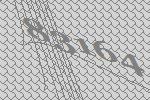
83164